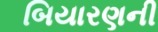
બિયારણની